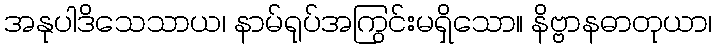
အနုပါဒိသေသာယ၊ နာမ်ရုပ်အကြွင်းမရှိသော။ နိဗ္ဗာနဓာတုယာ၊